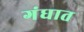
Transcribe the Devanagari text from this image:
गंधात